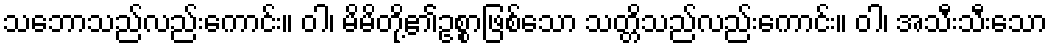
သဘောသည်လည်းကောင်း။ ဝါ၊ မိမိတို့၏ဥစ္စာဖြစ်သော သတ္တိသည်လည်းကောင်း။ ဝါ၊ အသီးသီးသော